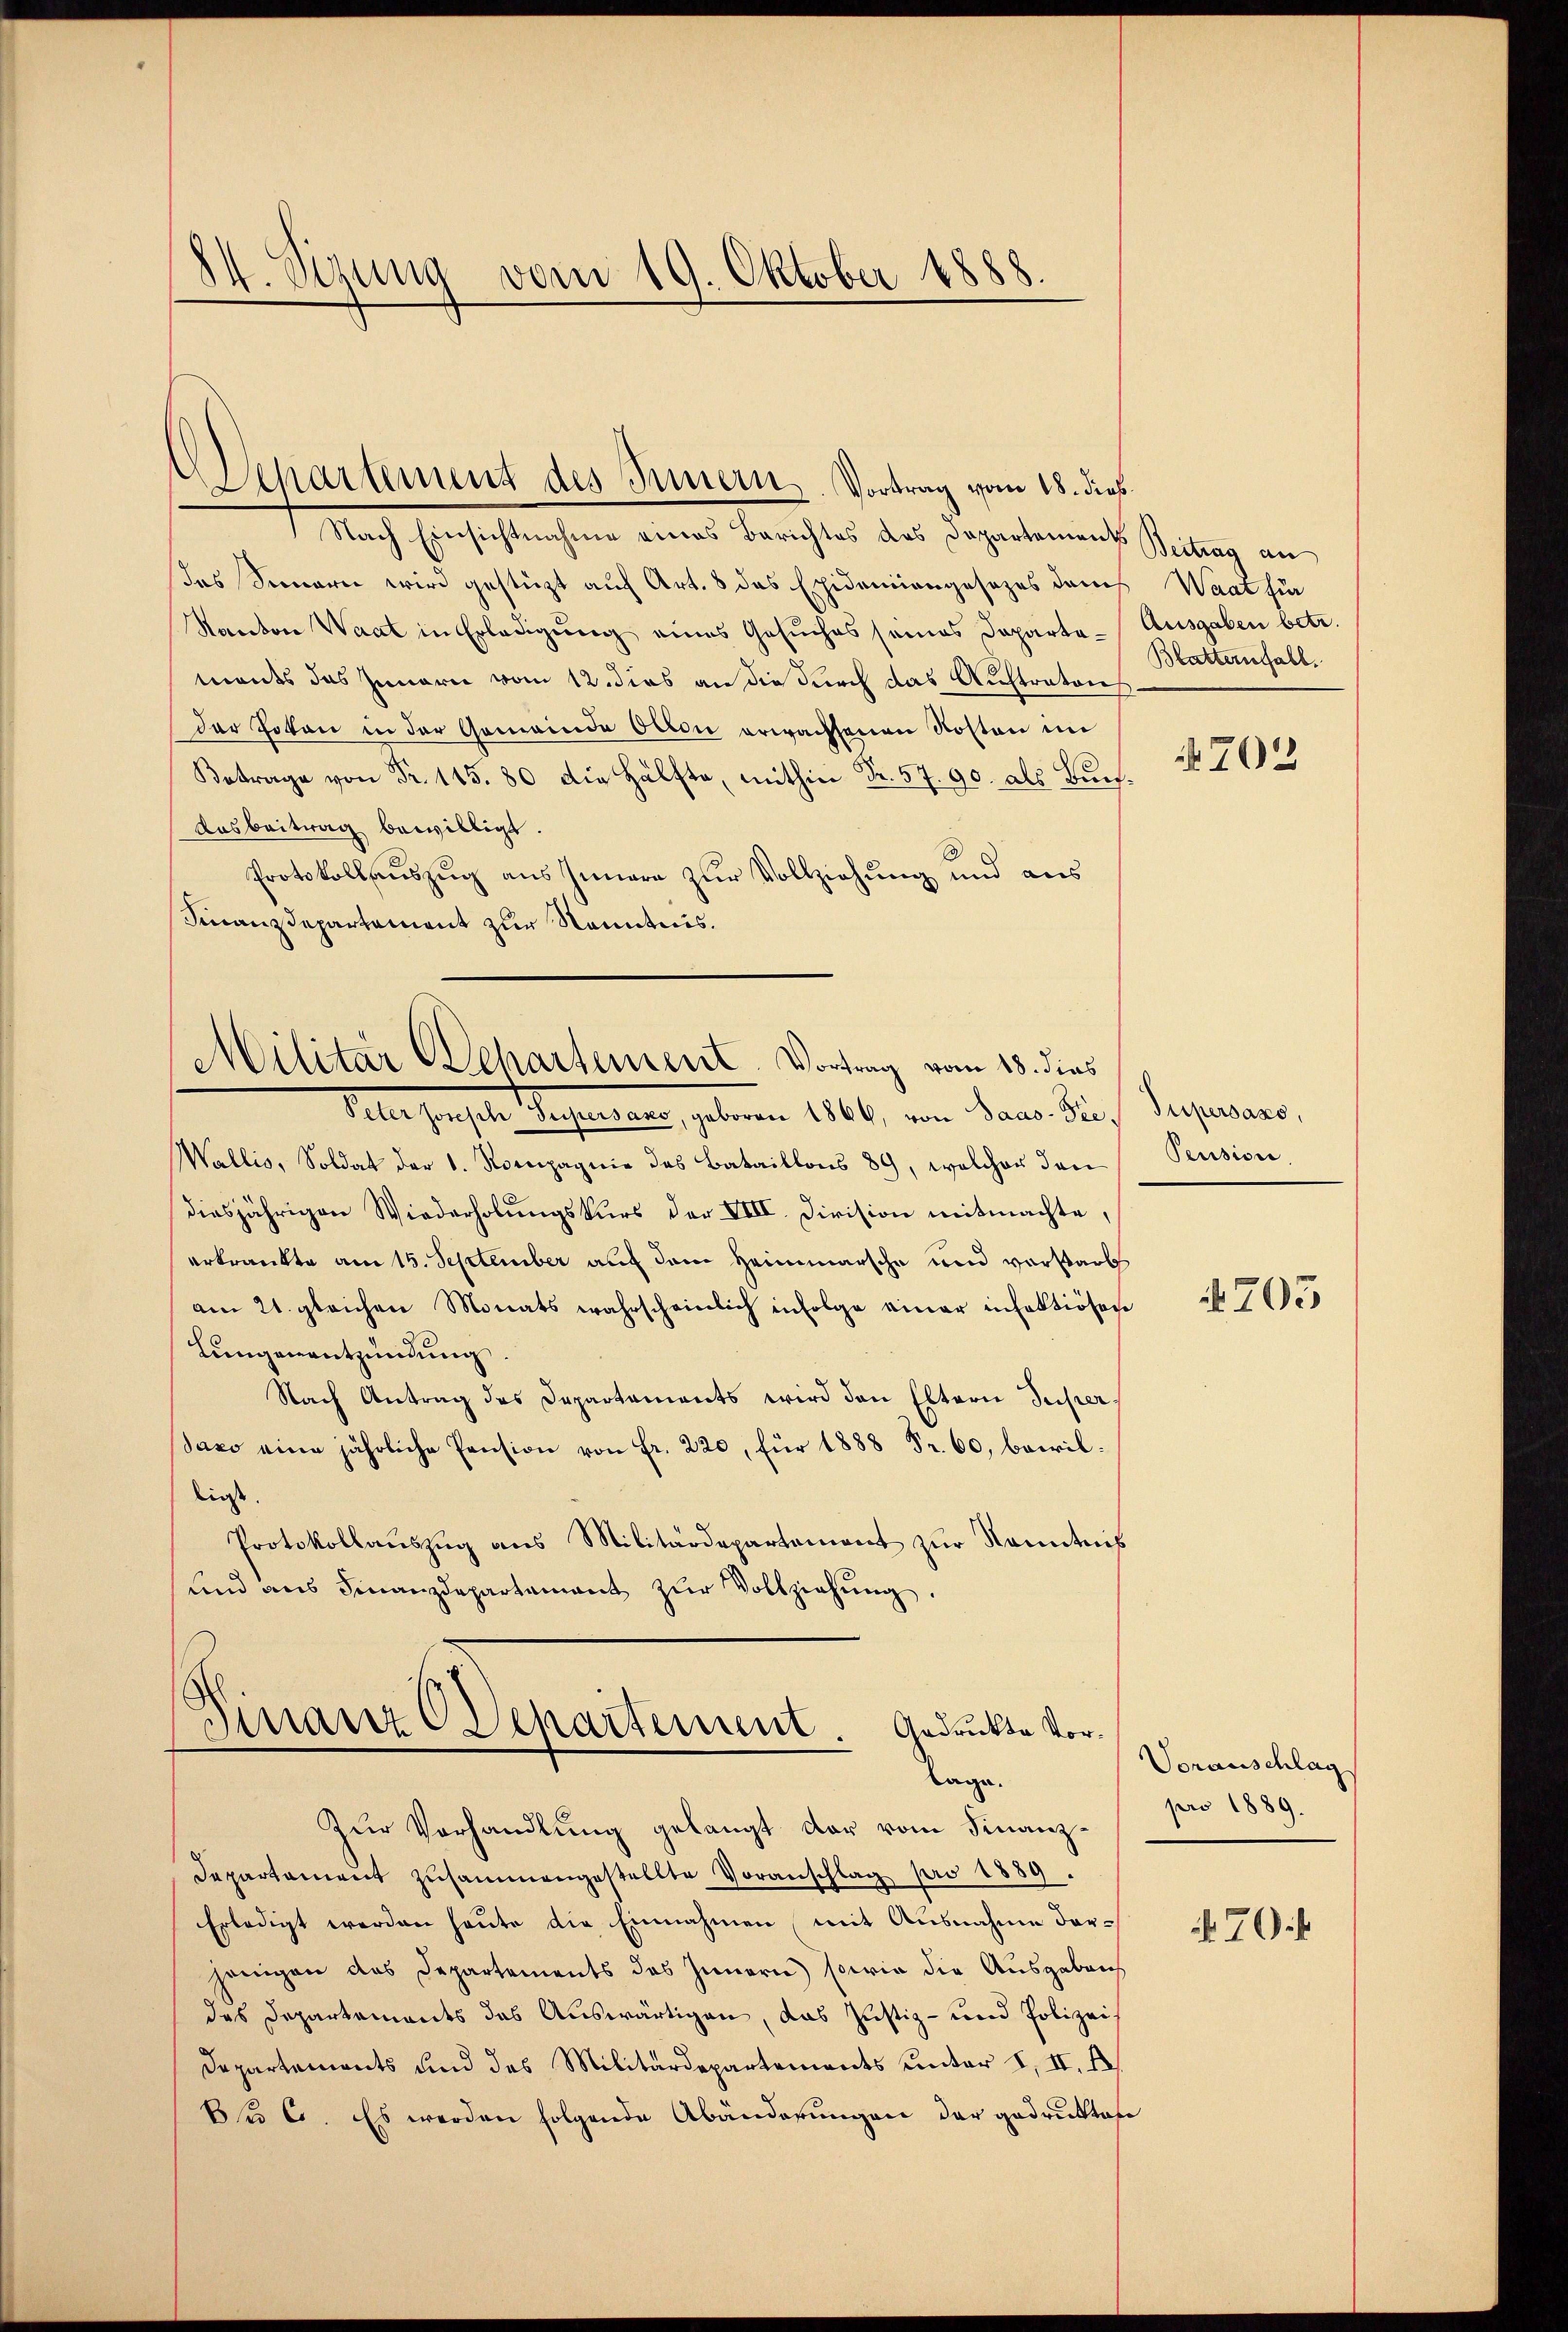
124. Sizung vom 19. Oktober 1888.

Separtement des Innern. Vortrag vom 18. dies

Nach Einsichtnahme eines Berichtes des Departements
das Sennern wird gestüzt auf Art. 8 das Epidemiengesetzes dans Waat für
Kanton Waat in Erledigung eines Gesuches seines Departe-Ausgaben betr.
mandes das Innern vom 12. dies an die durch das Auftraton
der Toten in der Gemeinde Otton erwachsenen Kosten im
Betrage von Fr. 115. 80 die Hälfte, mithin Fr. 57. 90. als Bun¬
Das beitrag bewilligt.
Protokollauszug aus Innere zur Vollziehung und aus
Finanzdepartement zur Kenntnis.

Wallis, Soldat der 1. Kompagnie des Bataillons 89, welcher den
diesjährigen Wiederholungskurs der VIII. Division mitmachte,
erkrankte am 15. September auf dem Heimmarsche und verstarb
am 21. gleichen Monats wahrscheinlich infolge einer in faktiösen
Lungenentzündung.
Nach Antrag des Departaments wird den Eltern Superdaco eine jährliche Pension von Fr. 220, für 1888 Fr. 60, bewilliess.
Protokollauszug aus Militärdepartement zur Kenntnis
und aus Finanzdepartement zŭr Vollziehŭng.

Militär Departement. Vortrag vom 18. dies
Peter Joseph Supersaso, geboren 1864, von Saas- Sie, Supersazo,

Finanz Departement. Gedruckte Vorlage.

Zŭr Verhandlung gelangt der vom Finanz¬
Departement zusammengestellte Voranschlag pro 1889.
Erledigt werden heute die Einnahmen, mit Ausnahme darjenigen das Departements des Innern) sowie die Ausgaben
das Departements das Auswärtigen, das Justiz- und Polizeis
Departements und des Militärdepartements unter I. II. I
Bfr 6. Es werden folgende Abänderungen der gedruktes

Beitrag an
Blatternfall

N 702

Pension.

4705

Voranschlag
pro 1889.
 70.